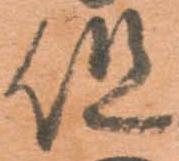
但